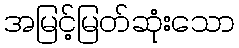
အမြင့်မြတ်ဆုံးသော